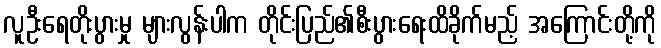
လူဦးရေတိုးပွားမှု များလွန်းပါက တိုင်းပြည်၏စီးပွားရေးထိခိုက်မည့် အကြောင်းတို့ကို